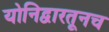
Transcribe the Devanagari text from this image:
योनिद्वारतूनच